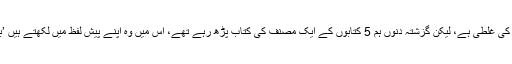
چلیے یہ ایک بچی کی غلطی ہے، لیکن گزشتہ دنوں ہم 5 کتابوں کے ایک مصنف کی کتاب پڑھ رہے تھے، اس میں وہ اپنے پیش لفظ میں لکھتے ہیں ’بیڑہ سر پر اٹھا لیا‘۔